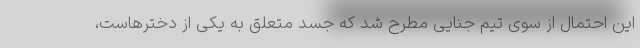
این احتمال از سوی تیم جنایی مطرح شد که جسد متعلق به یکی از دخترهاست،